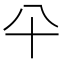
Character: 𰅭